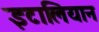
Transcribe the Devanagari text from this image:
इटालियान